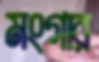
মংগার